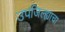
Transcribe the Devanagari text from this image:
उपजिल्ह्याचा